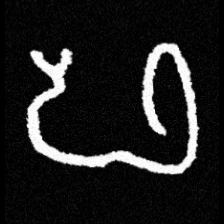
Pyu character \u2014 Myanmar letter: ဖ (romanized: pha)